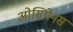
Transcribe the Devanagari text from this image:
ओसियेनस